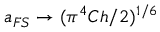
a _ { F S } \rightarrow ( \pi ^ { 4 } C h / 2 ) ^ { 1 / 6 }